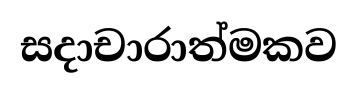
සදාචාරාත්මකව